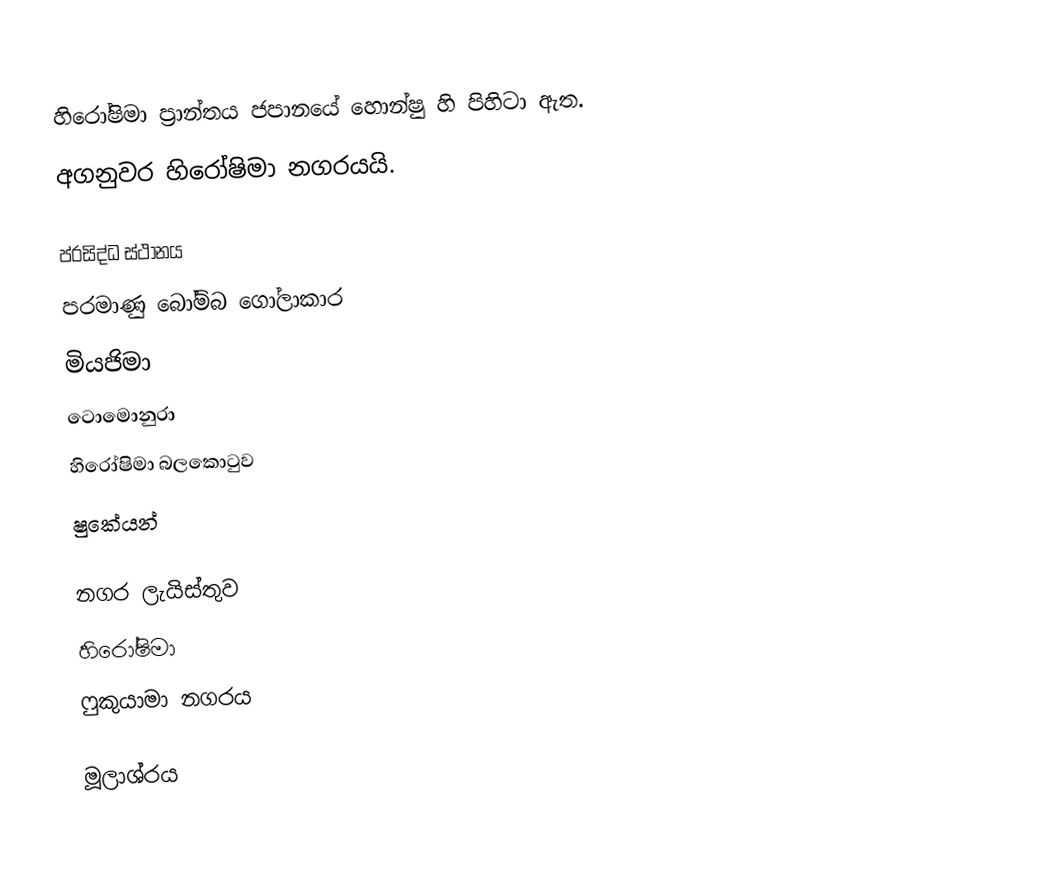
හිරෝෂිමා ප්‍රාන්තය ජපානයේ හොන්ෂු හි පිහිටා ඇත.
අගනුවර හිරෝෂිමා නගරයයි.

ප්රසිද්ධ ස්ථානය
පරමාණු බෝම්බ ගෝලාකාර
මියජිමා
ටොමොනුරා
හිරෝෂිමා බලකොටුව
ෂුකේයන්

නගර ලැයිස්තුව
හිරෝෂිමා
ෆුකුයාමා නගරය

මූලාශ්රය